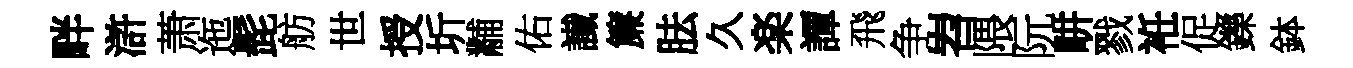
畔滸萧迤髭舫世授圻黼佑䜟簾胠久楽譚飛争岧隈阮畊戮袵促鑠鉢